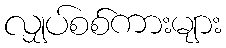
လျှပ်စစ်ကားများ